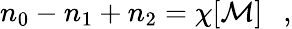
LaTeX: n_{0}-n_{1}+n_{2}=\chi[{\cal M}]~~~,